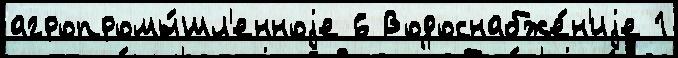
агропромы́шл'енноjе 6 Водоснабже́н'иjе 1